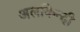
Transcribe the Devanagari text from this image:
अलकिन्दी